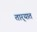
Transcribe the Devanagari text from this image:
तार्‍यात